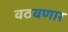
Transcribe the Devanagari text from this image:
वठवणार